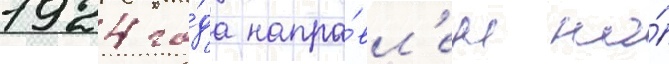
1924 го́да напра́вл'ен на́